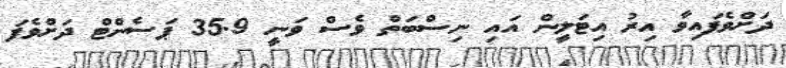
ދަށްވެފައިވާ އިރު އިޓަލީން އައި ނިސްބަތް ވެސް ވަނީ 35.9 ޕަސެންޓް ދަށްވެފަ